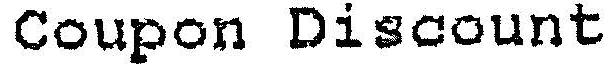
COUPON DISCOUNT